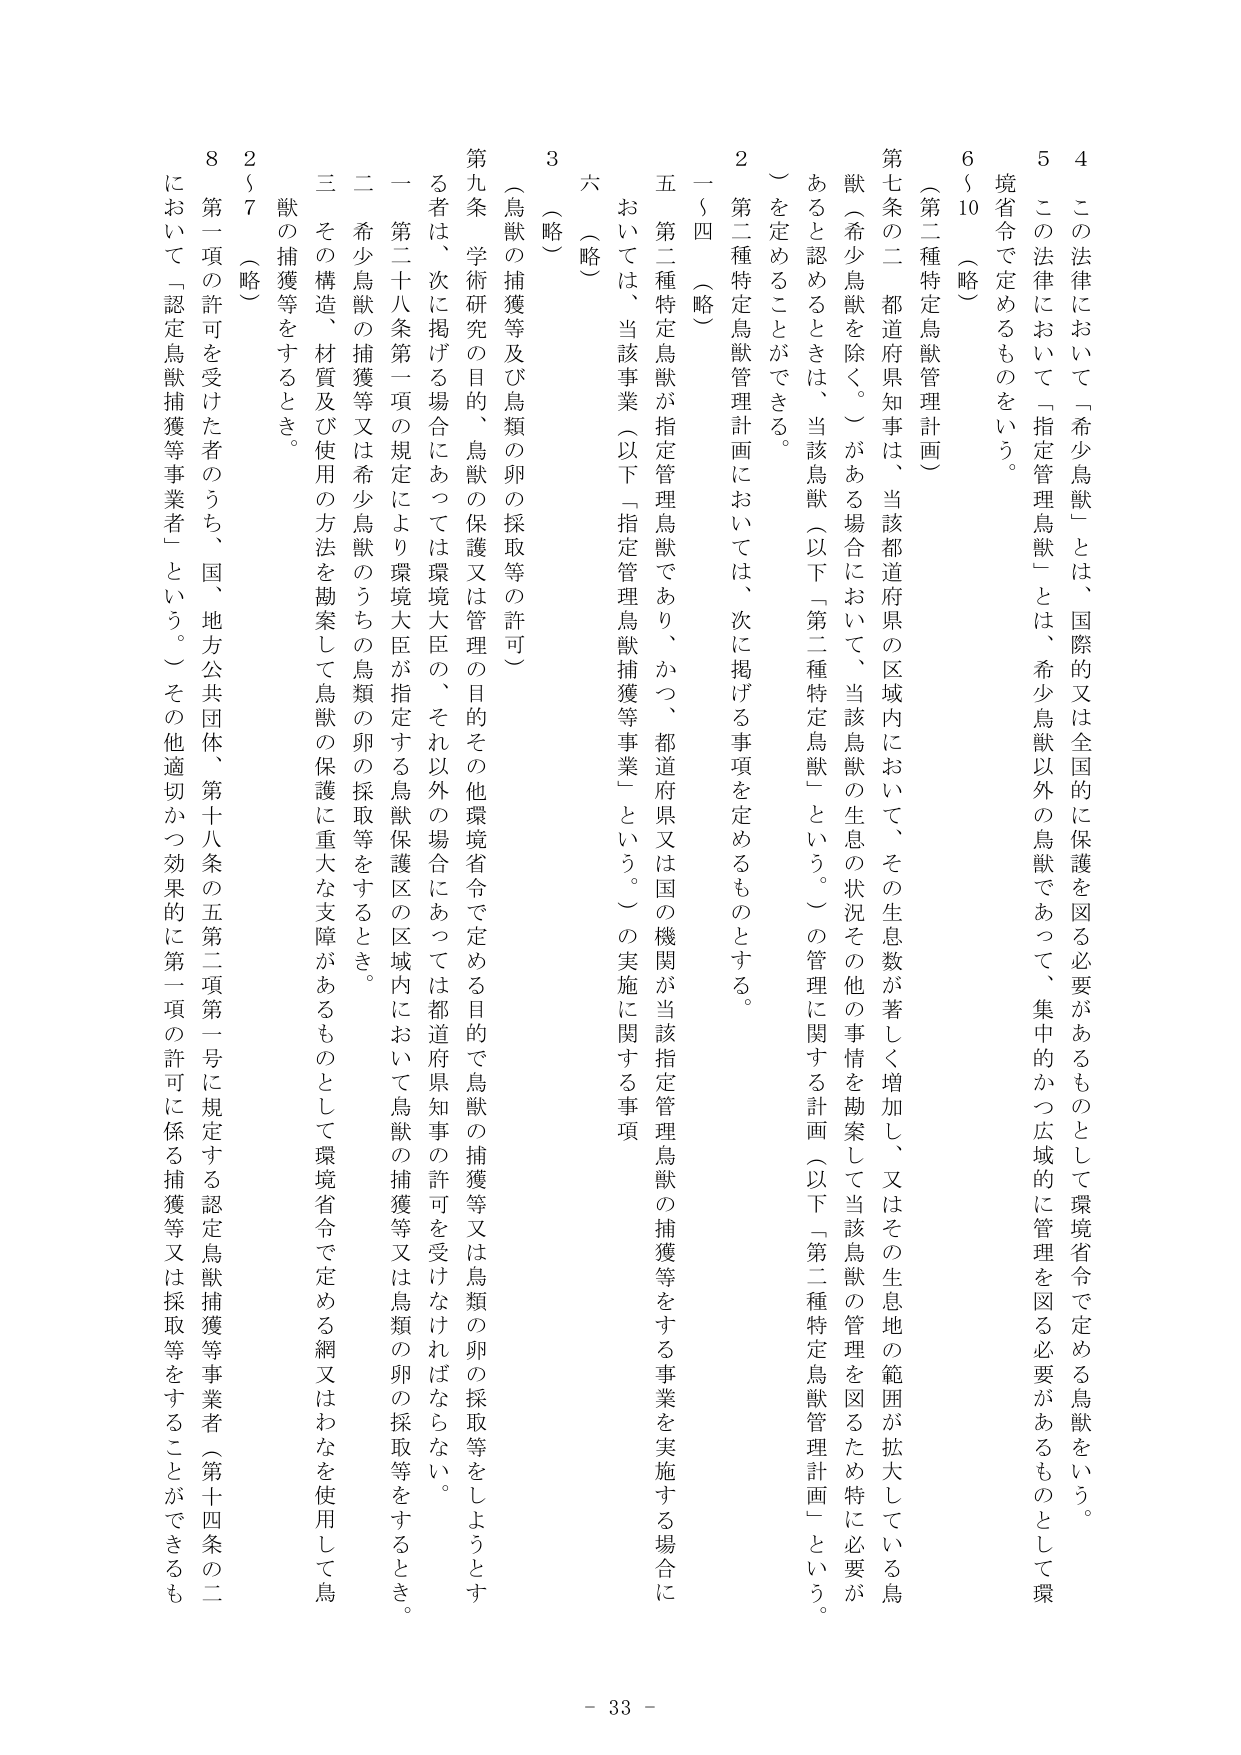
4 この法律において「希少鳥獣」とは、国際的又は全国的に保護を図る必要があるものとして環境省令で定める鳥獣をいう。

5 この法律において「指定管理鳥獣」とは、希少鳥獣以外の鳥獣であって、集中的かつ広域的に管理を図る必要があるものとして環境省令で定めるものをいう。

6～10 （略）

（第二種特定鳥獣管理計画）

第七条の二 都道府県知事は、当該都道府県の区域内において、その生息数が著しく増加し、又はその生息地の範囲が拡大している鳥獣（希少鳥獣を除く。）がある場合において、当該鳥獣の生息の状況その他の事情を勘案して当該鳥獣の管理を図るため特に必要があると認めるときは、当該鳥獣（以下「第二種特定鳥獣」という。）の管理に関する計画（以下「第二種特定鳥獣管理計画」という。）を定めることができる。

2 第二種特定鳥獣管理計画においては、次に掲げる事項を定めるものとする。

一～四 （略）

五 第二種特定鳥獣が指定管理鳥獣であり、かつ、都道府県又は国の機関が当該指定管理鳥獣の捕獲等をする事業を実施する場合においては、当該事業（以下「指定管理鳥獣捕獲等事業」という。）の実施に関する事項

六 （略）

3 （略）

（鳥獣の捕獲等及び鳥類の卵の採取等の許可）

第九条 学術研究の目的、鳥獣の保護又は管理の目的その他環境省令で定める目的で鳥獣の捕獲等又は鳥類の卵の採取等をしようとする者は、次に掲げる場合にあっては環境大臣の、それ以外の場合にあっては都道府県知事の許可を受けなければならない。

一 第二十八条第一項の規定により環境大臣が指定する鳥獣保護区の区域内において鳥獣の捕獲等又は鳥類の卵の採取等をするとき。

二 希少鳥獣の捕獲等又は希少鳥獣のうちの鳥類の卵の採取等をするとき。

三 その構造、材質及び使用の方法を勘案して鳥獣の保護に重大な支障があるものとして環境省令で定める網又はわなを使用して鳥獣の捕獲等をするとき。

2～7 （略）

8 第一項の許可を受けた者のうち、国、地方公共団体、第十八条の五第二項第一号に規定する認定鳥獣捕獲等事業者（第十四条の二において「認定鳥獣捕獲等事業者」という。）その他適切かつ効果的に第一項の許可に係る捕獲等又は採取等をすることができるもの

- 33 -